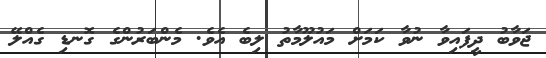
ޖަވާބު ދީފައިވާ ނުވާ ކަމަށް މައުލޫމާތު ލިބެ އެވެ. މެންބަރުންގެ ގޮނޑި ގެއްލޭ